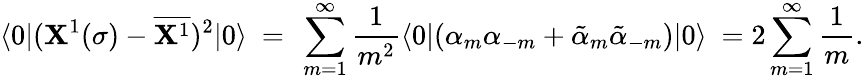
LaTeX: \langle0|(\mathbf{X}^{1}(\sigma)-\overline{{{{\mathbf{X}^{1}}}}})^{2}|0\rangle\ =\ \sum_{m=1}^{\infty}\frac{{1}}{{m^{2}}}\langle0|(\alpha_{m}\alpha_{-m}+\tilde{{\alpha}}_{m}\tilde{{\alpha}}_{-m})|0\rangle\ =2\sum_{m=1}^{\infty}\frac{{1}}{{m}}.